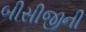
બીસીજીની